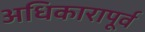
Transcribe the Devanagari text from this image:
अधिकारापूर्व